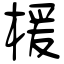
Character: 楥